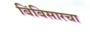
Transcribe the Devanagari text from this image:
बिंबिसारचा